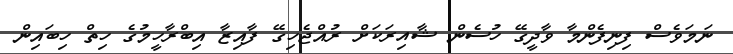
ނަމަވެސް ފިނިފެންމާ ވާދީގޭ ހުސެން ޝާއިރަކަށް ރުއްޖެހިގޭ ފާއިޒާ އިބްރާހީމުގެ ހިތް ހިބައިން